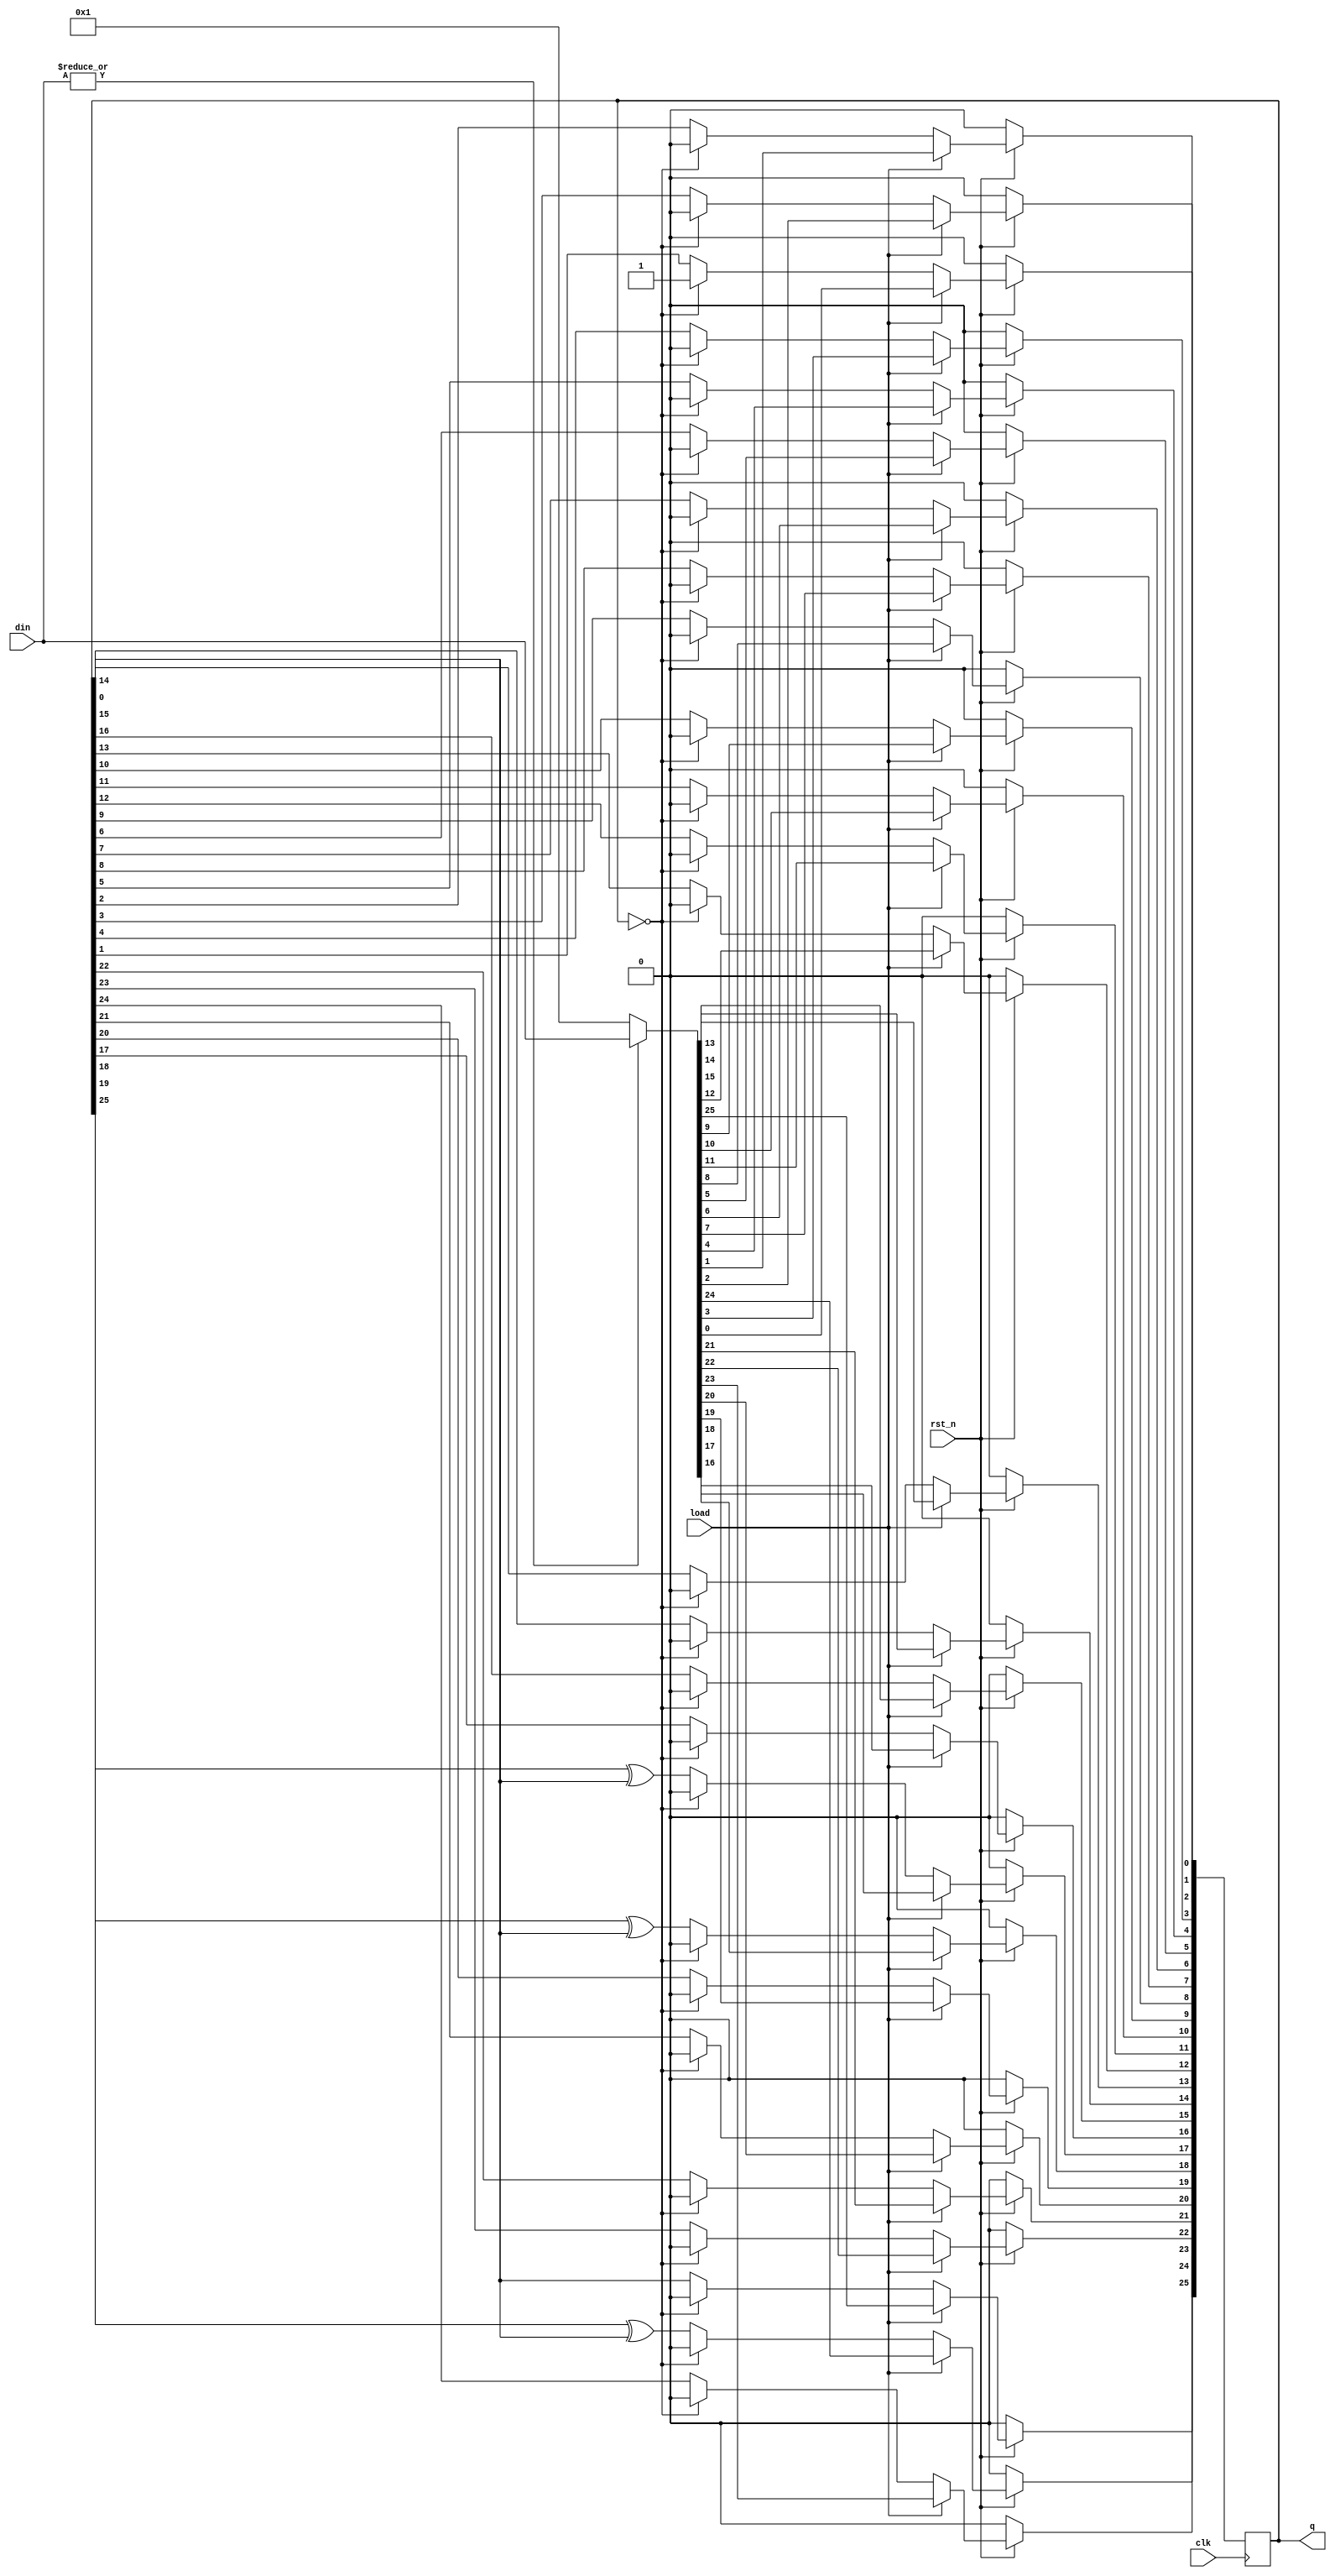
module LFSR(output reg [1:26] q,
            input clk,
            input rst_n,
            input load,
            input [1:26] din
            );
    always @(posedge clk) begin
        if( ~rst_n )
            q <= 8'b0;
        else begin
            if(load)
                q <= (|din) ? din : 8'b0000_0001;
            else begin
                if (q == 8'b0)
                    q <= 8'b0000_0001;
                else begin
                    {q[26], q[25], q[24], q[23]} <= {q[25], q[24], q[23], q[22]};
                    {q[22], q[21], q[20], q[19]} <= {q[21], q[20], q[19], q[18]};
                    {q[18], q[17], q[16], q[15]} <= {q[17], q[16], q[15], q[14]};
                    {q[14], q[13], q[12], q[11]} <= {q[13], q[12], q[11], q[10]};
                    q[10] <= q[9];
                    q[9] <= q[8] ^ q[26];
                    q[8] <= q[7] ^ q[26];
                    q[7] <= q[6];
                    {q[6], q[5], q[4], q[3]} <= {q[5], q[4], q[3], q[2]};
                    q[2] <= q[1] ^ q[26];
                    q[1] <= q[26];
                end
            end
        end
    end
endmodule